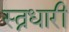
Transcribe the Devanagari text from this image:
स्त्नधारी